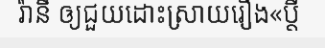
រ៉ានី ឲ្យជួយដោះស្រាយរឿង«ប្តី